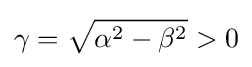
\gamma ={\sqrt {\alpha ^{2}-\beta ^{2}}}>0